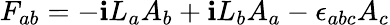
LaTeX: F_{ab}=-\mathbf{i}L_{a}A_{b}+\mathbf{i}L_{b}A_{a}-\epsilon_{abc}A_{c}